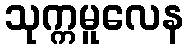
သုက္ကမူလေန